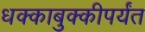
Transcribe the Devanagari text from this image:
धक्काबुक्कीपर्यंत